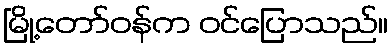
မြို့တော်ဝန်က ဝင်ပြောသည်။